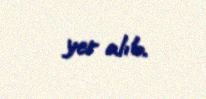
yer alıb.